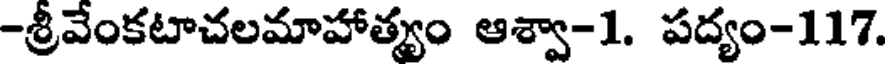
-శ్రీవేంకటాచలమాహాత్యం ఆశ్వా-1. పద్యం-117.